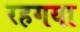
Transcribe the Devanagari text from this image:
रहगया